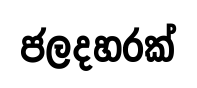
ජලදහරක්